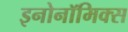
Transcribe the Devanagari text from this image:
इनोनॉमिक्स